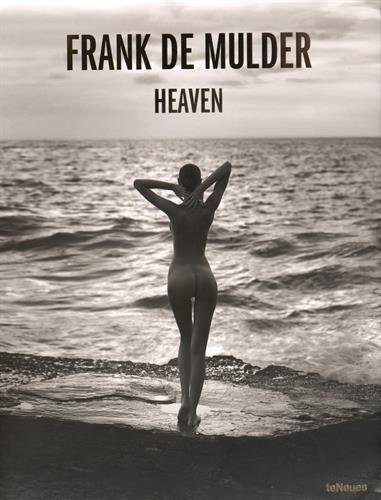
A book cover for Heaven; Arts & Photography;